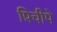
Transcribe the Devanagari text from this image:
प्रिचीपे